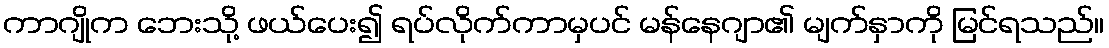
ကာဂျိုက ဘေးသို့ ဖယ်ပေး၍ ရပ်လိုက်ကာမှပင် မန်နေဂျာ၏ မျက်နှာကို မြင်ရသည်။